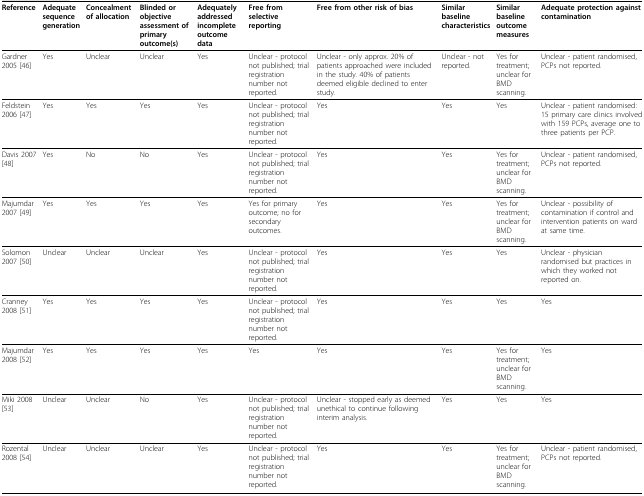
<table><thead><tr><td><b>Reference</b></td><td><b>Adequate sequence generation</b></td><td><b>Concealment of allocation</b></td><td><b>Blinded or objective assessment of primary outcome(s)</b></td><td><b>Adequately addressed incomplete outcome data</b></td><td><b>Free from selective reporting</b></td><td><b>Free from other risk of bias</b></td><td><b>Similar baseline characteristics</b></td><td><b>Similar baseline outcome measures</b></td><td><b>Adequate protection against contamination</b></td></tr></thead><tbody><tr><td>Gardner 2005 [46]</td><td>Yes</td><td>Unclear</td><td>Unclear</td><td>Yes</td><td>Unclear - protocol not published; trial registration number not reported.</td><td>Unclear - only approx. 20% of patients approached were included in the study. 40% of patients deemed eligible declined to enter study.</td><td>Unclear - not reported.</td><td>Yes for treatment; unclear for BMD scanning.</td><td>Unclear - patient randomised, PCPs not reported.</td></tr><tr><td>Feldstein 2006 [47]</td><td>Yes</td><td>Yes</td><td>Yes</td><td>Yes</td><td>Unclear - protocol not published; trial registration number not reported.</td><td>Yes</td><td>Yes</td><td>Yes</td><td>Unclear - patient randomised: 15 primary care clinics involved with 159 PCPs, average one to three patients per PCP.</td></tr><tr><td>Davis 2007 [48]</td><td>Yes</td><td>No</td><td>No</td><td>Yes</td><td>Unclear - protocol not published; trial registration number not reported.</td><td>Yes</td><td>Yes</td><td>Yes for treatment; unclear for BMD scanning.</td><td>Unclear - patient randomised, PCPs not reported.</td></tr><tr><td>Majumdar 2007 [49]</td><td>Yes</td><td>Yes</td><td>Yes</td><td>Yes</td><td>Yes for primary outcome; no for secondary outcomes.</td><td>Yes</td><td>Yes</td><td>Yes for treatment; unclear for BMD scanning.</td><td>Unclear - possibility of contamination if control and intervention patients on ward at same time.</td></tr><tr><td>Solomon 2007 [50]</td><td>Unclear</td><td>Unclear</td><td>Unclear</td><td>Yes</td><td>Unclear - protocol not published; trial registration number not reported.</td><td>Yes</td><td>Yes</td><td>Yes</td><td>Unclear - physician randomised but practices in which they worked not reported on.</td></tr><tr><td>Cranney 2008 [51]</td><td>Yes</td><td>Yes</td><td>Yes</td><td>Yes</td><td>Unclear - protocol not published; trial registration number not reported.</td><td>Yes</td><td>Yes</td><td>Yes</td><td>Yes</td></tr><tr><td>Majumdar 2008 [52]</td><td>Yes</td><td>Yes</td><td>Yes</td><td>Yes</td><td>Yes</td><td>Yes</td><td>Yes</td><td>Yes for treatment; unclear for BMD scanning.</td><td>Yes</td></tr><tr><td>Miki 2008 [53]</td><td>Unclear</td><td>Unclear</td><td>No</td><td>Yes</td><td>Unclear - protocol not published; trial registration number not reported.</td><td>Unclear - stopped early as deemed unethical to continue following interim analysis.</td><td>Yes</td><td>Yes</td><td>Yes</td></tr><tr><td>Rozental 2008 [54]</td><td>Unclear</td><td>Unclear</td><td>Unclear</td><td>Yes</td><td>Unclear - protocol not published; trial registration number not reported.</td><td>Yes</td><td>Yes</td><td>Yes for treatment; unclear for BMD scanning.</td><td>Unclear - patient randomised, PCPs not reported.</td></tr></tbody></table>